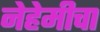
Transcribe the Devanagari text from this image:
नेहेमीचा